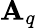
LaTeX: \mathbf{A}_{q}